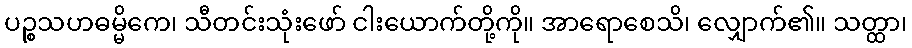
ပဉ္စသဟဓမ္မိကေ၊ သီတင်းသုံးဖော် ငါးယောက်တို့ကို။ အာရောစေသိ၊ လျှောက်၏။ သတ္ထာ၊